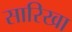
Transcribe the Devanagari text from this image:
सारिखा